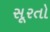
સૂરતો